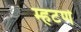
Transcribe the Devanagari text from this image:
म्हटणे